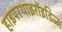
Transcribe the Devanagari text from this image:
हाइपरथाइरॉइडिज्म